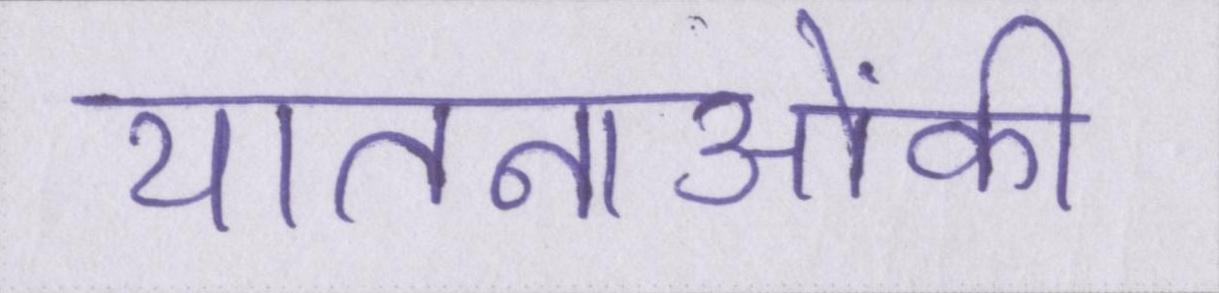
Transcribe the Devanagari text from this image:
यातनाओंकी